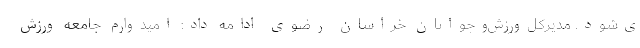
ی‌شود. مدیرکل‌ورزش‌وجوانان خراسان رضوی ادامه داد: امیدوارم جامعه ورزش